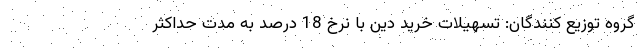
گروه توزیع کنندگان: تسهیلات خرید دین با نرخ 18 درصد به مدت حداکثر